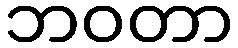
ဘဝတာ